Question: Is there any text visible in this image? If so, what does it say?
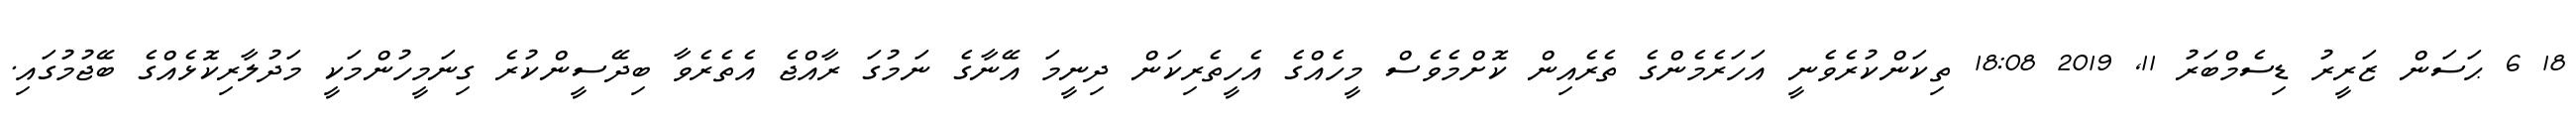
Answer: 18 6 ޙަސަން ޒަރީރު ޑިސެމްބަރު 11, 2019 18:08 ތިކަންކުރެވެނީ އަހަރެމެންގެ ތެރެއިން ކޮށްމެވެސް މީހެއްގެ އެހީތެރިކަން ދިނީމަ އޭނާގެ ނަމުގަ ރާއްޖެ އެތެރެވާ ބިދޭސީންކުރެ ގިނަމީހުންމަކީ މަދުލާރިކޮޅެއްގެ ބޭޖުމުގައި.